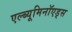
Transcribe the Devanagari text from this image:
एल्ब्यूमिनॉएड्स